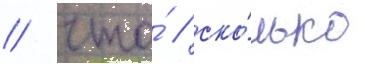
/ что́ / ско́лько